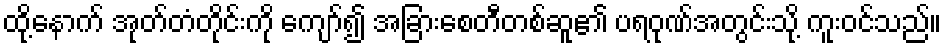
ထို့နောက် အုတ်တံတိုင်းကို ကျော်၍ အခြားစေတီတစ်ဆူ၏ ပရဝုဏ်အတွင်းသို့ ကူးဝင်သည်။